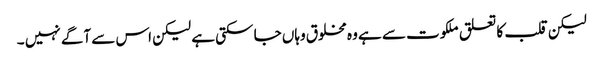
لیکن قلب کا تعلق ملکوت سے ہے وہ مخلوق وہاں جا سکتی ہے لیکن اس سے آگے نہیں ۔